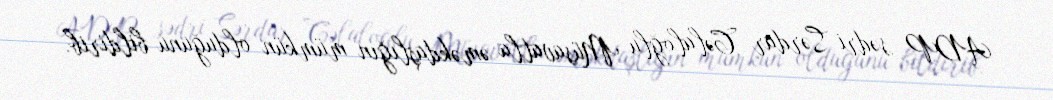
ADP sədri Sərdar Cəlaloğlu Müsavatla əməkdaşlığın mümkün olduğunu bildirib.